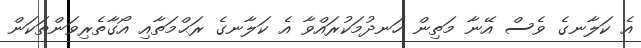
އެ ކަލާނގެ ވެސް އޭނާ މަތިން ހަނދުމަކުރައްވާ އެ ކަލާނގެ ރަޙްމަތާއި އޯގާތެރިވަންތަކަން